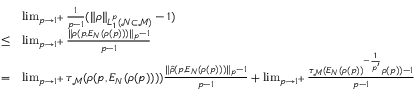
\begin{array} { r l } & { \operatorname* { l i m } _ { p \to 1 ^ { + } } \frac { 1 } { p - 1 } ( \| \rho \| _ { L _ { 1 } ^ { p } ( { \mathcal N } \subset { \mathcal M } ) } - 1 ) } \\ { \ \le } & { \operatorname* { l i m } _ { p \to 1 ^ { + } } \frac { \| \rho ( p , E _ { N } ( \rho ( p ) ) ) \| _ { p } - 1 } { p - 1 } } \\ { = } & { \operatorname* { l i m } _ { p \to 1 ^ { + } } \tau _ { \mathcal M } ( \rho ( p , E _ { N } ( \rho ( p ) ) ) ) \frac { \| \hat { \rho } ( p , E _ { N } ( \rho ( p ) ) ) \| _ { p } - 1 } { p - 1 } + \operatorname* { l i m } _ { p \to 1 ^ { + } } \frac { \tau _ { \mathcal M } ( E _ { N } ( \rho ( p ) ) ^ { - \frac { 1 } { p ^ { \prime } } } \rho ( p ) ) - 1 } { p - 1 } } \end{array}